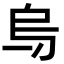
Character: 𠂶